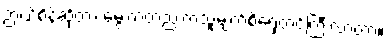
ဉာဏ်စိန်ဆိုတာ မွေးကတည်းကသူ့မျက်စိရှေ့တင်ကြီးလာတာ။